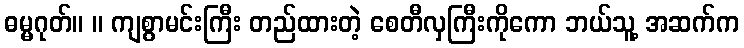
ဓမ္မဂုတ်။ ။ ကျစွာမင်းကြီး တည်ထားတဲ့ စေတီလှကြီးကိုကော ဘယ်သူ့ အဆက်က